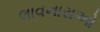
લાવનારાઓ